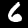
Digit: 6